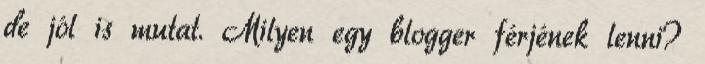
de jól is mutat. Milyen egy blogger férjének lenni?